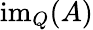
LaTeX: \operatorname{im}_{Q}(A)